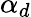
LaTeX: \alpha_{d}